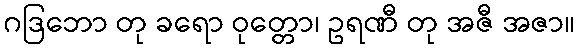
ဂဒြဘော တု ခရော ဝုတ္တော၊ ဥရဏီ တု အဇီ အဇာ။